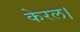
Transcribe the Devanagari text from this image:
केरल।